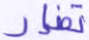
تضار